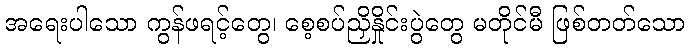
အရေးပါသော ကွန်ဖရင့်တွေ၊ စေ့စပ်ညှိနှိုင်းပွဲတွေ မတိုင်မီ ဖြစ်တတ်သော